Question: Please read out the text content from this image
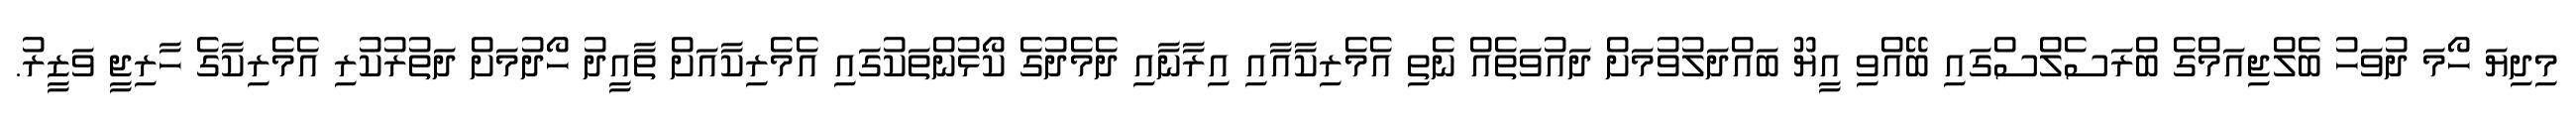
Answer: މިދިޔަ ހޯމަ ދުވަހު ބެލްޖިއަމްގެ ބްރަސެލްސްގައި ބޭއްވި އީޔޫ ބައްދަލުވުމަށް ދައުވަތެއް ނެތި އެމެރިކާއާއި އިރާނާއި ދެމެދުގެ ކޯޅުންތަކުގައި އެމެރިކާއަށް ތާއީދު ހޯދުމަށް ދަތުރުކުރި އެމެރިކާގެ ހާރިޖީ ވަޒީރު.